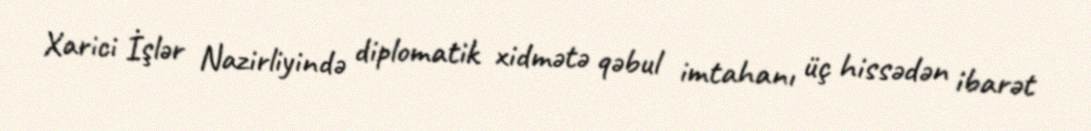
Xarici İşlər Nazirliyində diplomatik xidmətə qəbul imtahanı üç hissədən ibarət